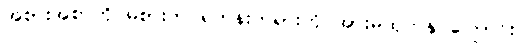
အစားအစာကို မစားဘဲ ရဟန်းတရားကို အားမထုတ်နိုင်ကြောင်း